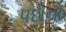
પદોનો